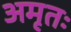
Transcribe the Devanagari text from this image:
अमृतः